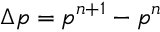
\Delta p = { { p } ^ { n + 1 } } - { { p } ^ { n } }